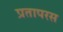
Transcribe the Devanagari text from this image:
प्रतापरस